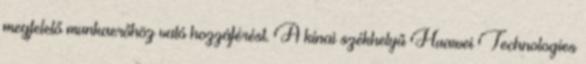
megfelelő munkaerőhöz való hozzáférést. A kínai székhelyű Huawei Technologies